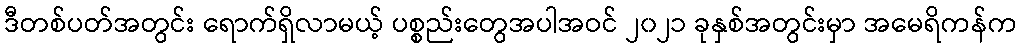
ဒီတစ်ပတ်အတွင်း ရောက်ရှိလာမယ့် ပစ္စည်းတွေအပါအဝင် ၂၀၂၁ ခုနှစ်အတွင်းမှာ အမေရိကန်က